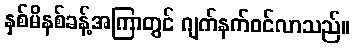
နှစ်မိနစ်ခန့်အကြာတွင် ဂျက်နက်ဝင်လာသည်။